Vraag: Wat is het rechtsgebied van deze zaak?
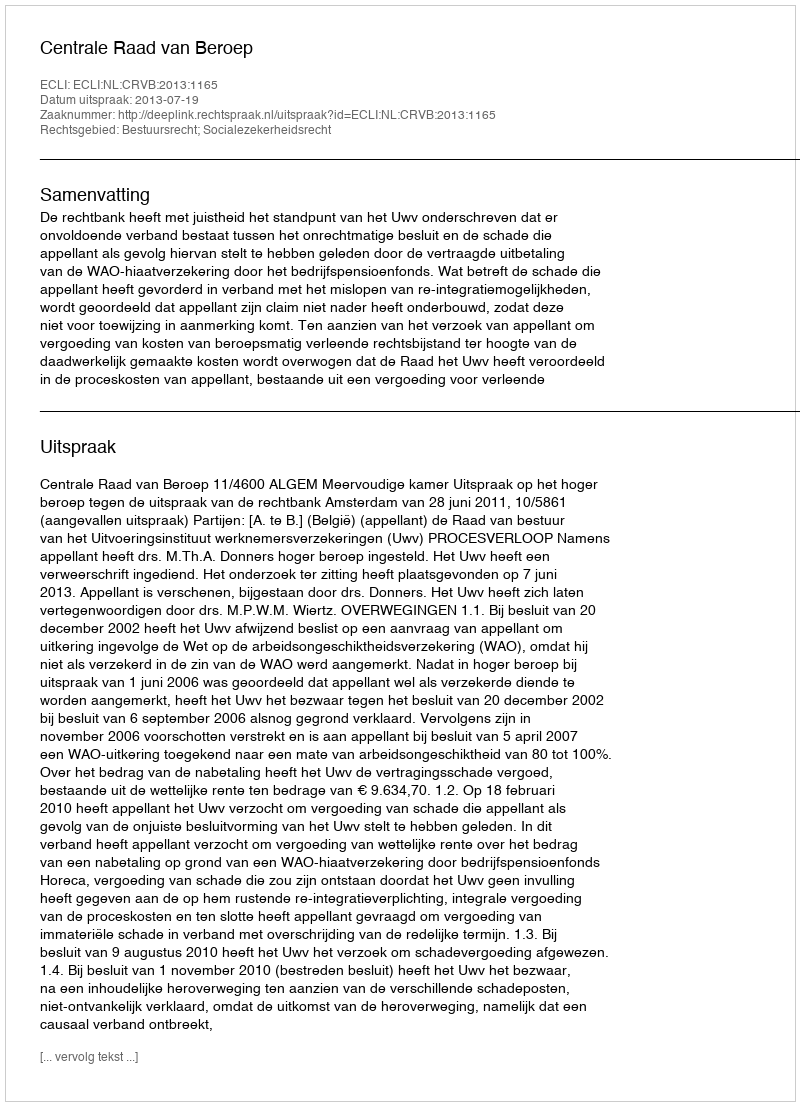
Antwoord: Bestuursrecht; Socialezekerheidsrecht